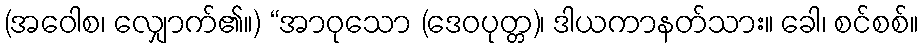
(အဝေါစ၊ လျှောက်၏။) “အာဝုသော (ဒေဝပုတ္တ)၊ ဒါယကာနတ်သား။ ခေါ၊ စင်စစ်။